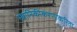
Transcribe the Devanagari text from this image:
स्थानिकीकरणाकरिता